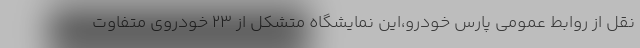
نقل از روابط عمومی پارس خودرو،این نمایشگاه متشکل از 23 خودروی متفاوت